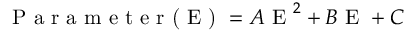
\textrm { P a r a m e t e r ( E ) } = A \textrm { E } ^ { 2 } + B \textrm { E } + C